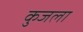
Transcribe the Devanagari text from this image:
कुजला